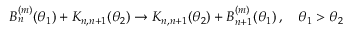
B _ { n } ^ { ( m ) } ( \theta _ { 1 } ) + K _ { n , n + 1 } ( \theta _ { 2 } ) \to K _ { n , n + 1 } ( \theta _ { 2 } ) + B _ { n + 1 } ^ { ( m ) } ( \theta _ { 1 } ) \, , \quad \theta _ { 1 } > \theta _ { 2 }